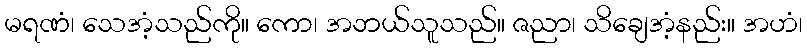
မရဏံ၊ သေအံ့သည်ကို။ ကော၊ အဘယ်သူသည်။ ဇညာ၊ သိချေအံ့နည်း။ အဟံ၊